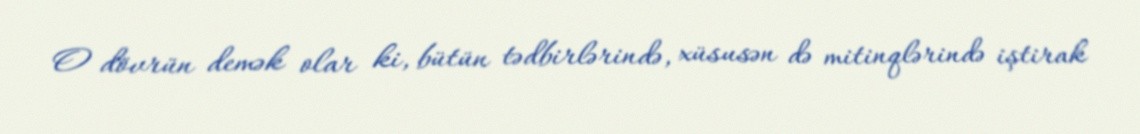
O dövrün demək olar ki, bütün tədbirlərində, xüsusən də mitinqlərində iştirak